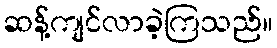
ဆန့်ကျင်လာခဲ့ကြသည်။